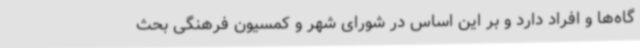
گاه‌ها و افراد دارد و بر این اساس در شورای شهر و کمسیون فرهنگی بحث